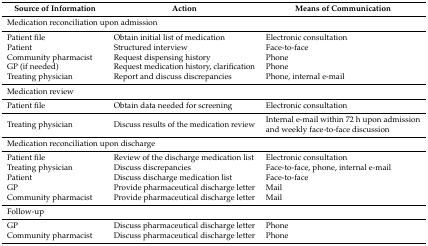
<table><thead><tr><td><b>Source of Information</b></td><td><b>Action</b></td><td><b>Means of Communication</b></td></tr></thead><tbody><tr><td colspan="3">Medication reconciliation upon admission</td></tr><tr><td>Patient file</td><td>Obtain initial list of medication</td><td>Electronic consultation</td></tr><tr><td>Patient</td><td>Structured interview</td><td>Face-to-face</td></tr><tr><td>Community pharmacist</td><td>Request dispensing history</td><td>Phone</td></tr><tr><td>GP (if needed)</td><td>Request medication history, clarification</td><td>Phone</td></tr><tr><td>Treating physician</td><td>Report and discuss discrepancies</td><td>Phone, internal e-mail</td></tr><tr><td colspan="3">Medication review</td></tr><tr><td>Patient file</td><td>Obtain data needed for screening</td><td>Electronic consultation</td></tr><tr><td>Treating physician</td><td>Discuss results of the medication review</td><td>Internal e-mail within 72 h upon admission and weekly face-to-face discussion</td></tr><tr><td colspan="3">Medication reconciliation upon discharge</td></tr><tr><td>Patient file</td><td>Review of the discharge medication list</td><td>Electronic consultation</td></tr><tr><td>Treating physician</td><td>Discuss discrepancies</td><td>Face-to-face, phone, internal e-mail</td></tr><tr><td>Patient</td><td>Discuss discharge medication list</td><td>Face-to-face</td></tr><tr><td>GP</td><td>Provide pharmaceutical discharge letter</td><td>Mail</td></tr><tr><td>Community pharmacist</td><td>Provide pharmaceutical discharge letter</td><td>Mail</td></tr><tr><td colspan="3">Follow-up</td></tr><tr><td>GP</td><td>Discuss pharmaceutical discharge letter</td><td>Phone</td></tr><tr><td>Community pharmacist</td><td>Discuss pharmaceutical discharge letter</td><td>Phone</td></tr></tbody></table>